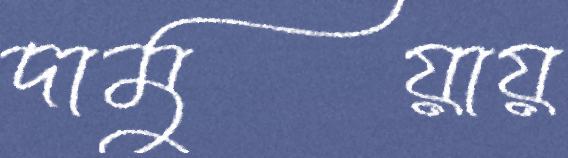
দামুয়ায়